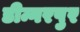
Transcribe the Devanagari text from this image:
डीन्गरपुर